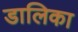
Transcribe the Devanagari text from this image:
डालिका